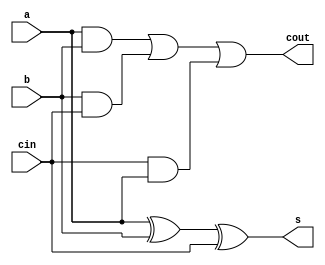
`timescale 1ns / 1ps
//////////////////////////////////////////////////////////////////////////////////
// Company: 
// Engineer: 
// 
// Design Name: 
// Module Name:    full_adder 
// Project Name: 
// Target Devices: 
// Tool versions: 
// Description: 
//
// Dependencies: 
//
// Revision: 
// Revision 0.01 - File Created
// Additional Comments: 
//
//////////////////////////////////////////////////////////////////////////////////
module full_adder(
	input a,b,cin,
	output s,cout
    );
	assign s=a^b^cin;
	assign cout=(a&b)|(b&cin)|(cin&a);


endmodule